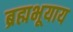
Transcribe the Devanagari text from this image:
ब्रह्मभूयाय